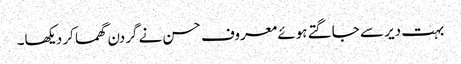
بہت دیر سے جاگتے ہوئے معروف حسن نے گردن گھما کر دیکھا۔